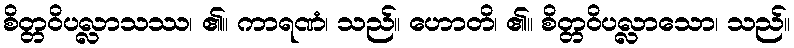
စိတ္တဝိပလ္လာသဿ၊ ၏။ ကာရဏံ၊ သည်။ ဟောတိ၊ ၏။ စိတ္တဝိပလ္လာသော၊ သည်။